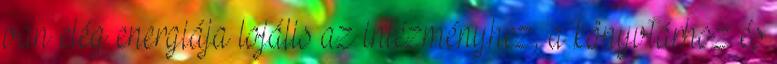
van elég energiája lojális az intézményhez, a könyvtárhoz és